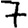
Digit: 7